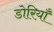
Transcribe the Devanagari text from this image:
डोरियाँ